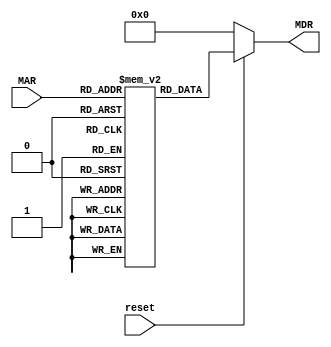
module  InstrMem #(parameter WORD_LENGTH=16,parameter ADDRESS_SPACE=21) ( MAR, MDR, reset);
input  [ADDRESS_SPACE-1:0] MAR;
input  reset;
output reg[WORD_LENGTH-1:0]   MDR;

reg [WORD_LENGTH-1:0] cache [((2 ** ADDRESS_SPACE)-1):0];

/* Note: reset is an active low signal */
integer i;
always @ (*)
    if (!reset)
        begin
            MDR = 'b0;
        end
    else
        begin
            MDR = cache[MAR];

        end

endmodule